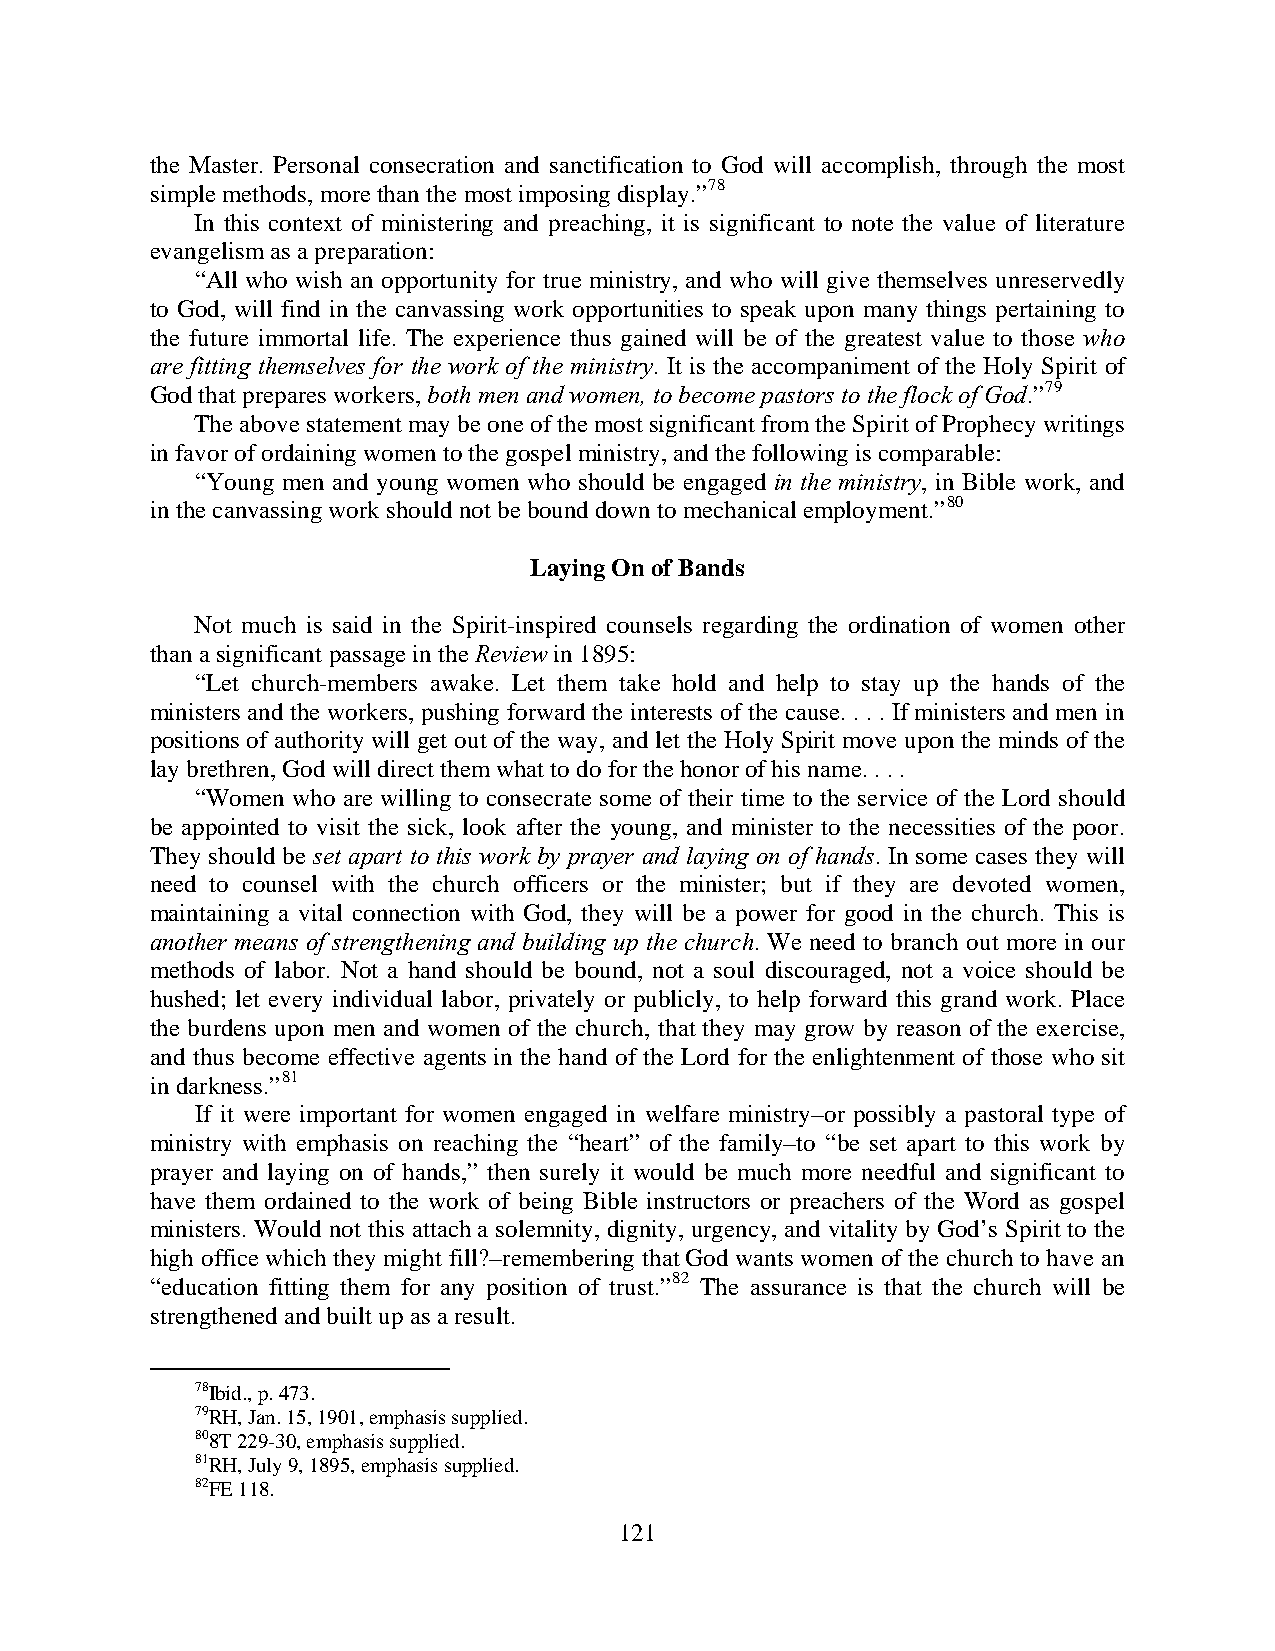
the Master. Personal consecration and sanctification to God will accomplish, through the most
 simple methods, more than the most imposing display.”78
 In this context of ministering and preaching, it is significant to note the value of literature
 evangelism as a preparation:
 “All who wish an opportunity for true ministry, and who will give themselves unreservedly
 to God, will find in the canvassing work opportunities to speak upon many things pertaining to
 the future immortal life. The experience thus gained will be of the greatest value to those who
 are fitting themselves for the work of the ministry. It is the accompaniment of the Holy Spirit of
 God that prepares workers, both men and women, to become pastors to the flock of God.”79
 The above statement may be one of the most significant from the Spirit of Prophecy writings
 in favor of ordaining women to the gospel ministry, and the following is comparable:
 “Young men and young women who should be engaged in the ministry, in Bible work, and
 in the canvassing work should not be bound down to mechanical employment.”80
 Laying On of Bands
 Not much is said in the Spirit-inspired counsels regarding the ordination of women other
 than a significant passage in the Review in 1895:
 “Let church-members awake. Let them take hold and help to stay up the hands of the
 ministers and the workers, pushing forward the interests of the cause. . . . If ministers and men in
 positions of authority will get out of the way, and let the Holy Spirit move upon the minds of the
 lay brethren, God will direct them what to do for the honor of his name. . . .
 “Women who are willing to consecrate some of their time to the service of the Lord should
 be appointed to visit the sick, look after the young, and minister to the necessities of the poor.
 They should be set apart to this work by prayer and laying on of hands. In some cases they will
 need to counsel with the church officers or the minister; but if they are devoted women,
 maintaining a vital connection with God, they will be a power for good in the church. This is
 another means of strengthening and building up the church. We need to branch out more in our
 methods of labor. Not a hand should be bound, not a soul discouraged, not a voice should be
 hushed; let every individual labor, privately or publicly, to help forward this grand work. Place
 the burdens upon men and women of the church, that they may grow by reason of the exercise,
 and thus become effective agents in the hand of the Lord for the enlightenment of those who sit
 in darkness.”81
 If it were important for women engaged in welfare ministry–or possibly a pastoral type of
 ministry with emphasis on reaching the “heart” of the family–to “be set apart to this work by
 prayer and laying on of hands,” then surely it would be much more needful and significant to
 have them ordained to the work of being Bible instructors or preachers of the Word as gospel
 ministers. Would not this attach a solemnity, dignity, urgency, and vitality by God’s Spirit to the
 high office which they might fill?–remembering that God wants women of the church to have an
 “education fitting them for any position of trust.”82 The assurance is that the church will be
 strengthened and built up as a result.
 78Ibid., p. 473.
 79RH, Jan. 15, 1901, emphasis supplied.
 808T 229-30, emphasis supplied.
 81RH, July 9, 1895, emphasis supplied.
 82FE 118.
 121